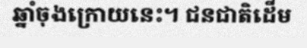
ឆ្នាំចុងក្រោយនេះ។ ជនជាតិដើម